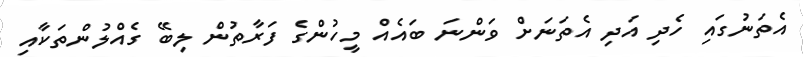
އެތަނުގައި ހެދި އަދި އެތަނަށް ވަންނަ ބައެއް މީހުންގެ ފަރާތުން ލިބޭ ގެއްލުންތަކާއި